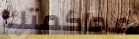
محاكمتك